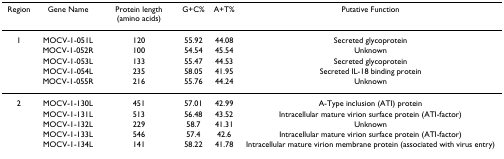
| Region | Gene Name | Protein length (amino acids) | G+C% | A+T% | Putative Function |
 | --- | --- | --- | --- | --- | --- |
 | 1 | MOCV-1-051L | 120 | 55.92 | 44.08 | Secreted glycoprotein |
 |  | MOCV-1-052R | 100 | 54.54 | 45.54 | Unknown |
 |  | MOCV-1-053L | 133 | 55.47 | 44.53 | Secreted glycoprotein |
 |  | MOCV-1-054L | 235 | 58.05 | 41.95 | Secreted IL-18 binding protein |
 |  | MOCV-1-055R | 216 | 55.76 | 44.24 | Unknown |
 | 2 | MOCV-1-130L | 451 | 57.01 | 42.99 | A-Type inclusion (ATI) protein |
 |  | MOCV-1-131L | 513 | 56.48 | 43.52 | Intracellular mature virion surface protein (ATI-factor) |
 |  | MOCV-1-132L | 229 | 58.7 | 41.31 | Unknown |
 |  | MOCV-1-133L | 546 | 57.4 | 42.6 | Intracellular mature virion surface protein (ATI-factor) |
 |  | MOCV-1-134L | 141 | 58.22 | 41.78 | Intracellular mature virion membrane protein (associated with virus entry) |